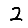
Digit: 2